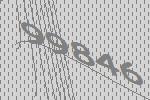
99846